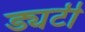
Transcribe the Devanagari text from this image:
ड्यटी